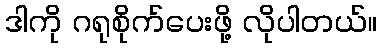
ဒါကို ဂရုစိုက်ပေးဖို့ လိုပါတယ်။